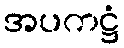
အပကဋ္ဌံ